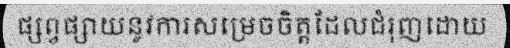
ផ្សព្វផ្សាយនូវការសម្រេចចិត្តដែលជំរុញដោយ